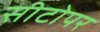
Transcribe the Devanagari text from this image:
सीटोपर